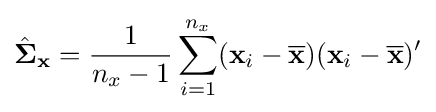
{\hat {\mathbf {\Sigma } }}_{\mathbf {x} }={\frac {1}{n_{x}-1}}\sum _{i=1}^{n_{x}}(\mathbf {x} _{i}-{\overline {\mathbf {x} }})(\mathbf {x} _{i}-{\overline {\mathbf {x} }})'